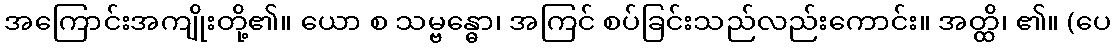
အကြောင်းအကျိုးတို့၏။ ယော စ သမ္ဗန္ဓော၊ အကြင် စပ်ခြင်းသည်လည်းကောင်း။ အတ္ထိ၊ ၏။ (ပေ